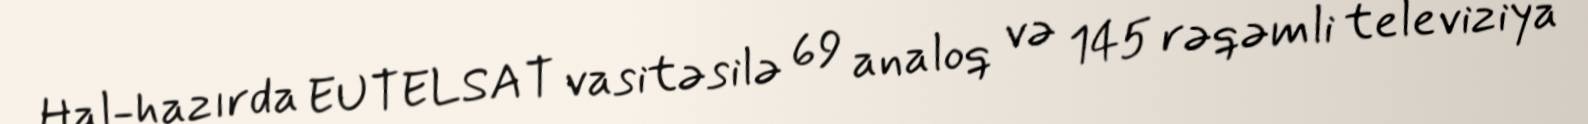
Hal-hazırda EUTELSAT vasitəsilə 69 analoq və 145 rəqəmli televiziya